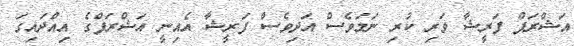
އަޝްރަފް ފަރީޝާ ވަރި ކުރި ނަމަވެސް އަދިވެސް ފަރީޝާ އެއިނީ އަޝްރަފްގެ އިއްދައިގަ